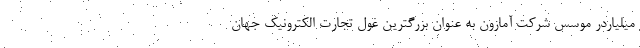
میلیاردر موسس شرکت آمازون به عنوان بزرگترین غول تجارت الکترونیک جهان